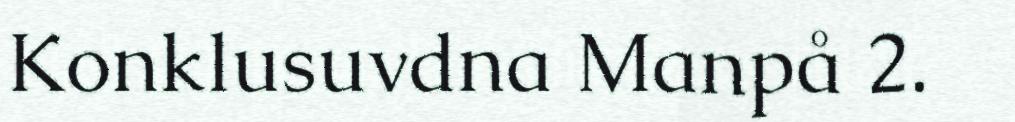
Konklusuvdna Manpå 2.